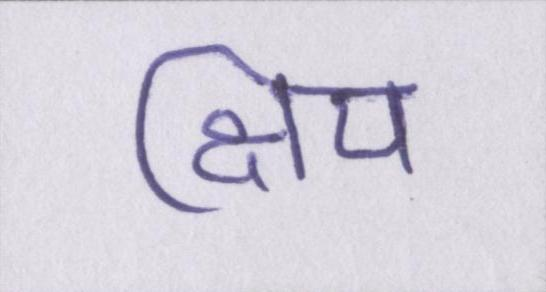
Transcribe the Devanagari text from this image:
क्षिप